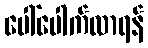
ပေါ်ပေါက်လာရန်